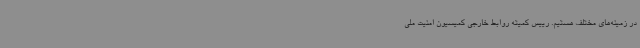
در زمینه‌های مختلف هستیم. رییس کمیته روابط خارجی کمیسیون امنیت ملی